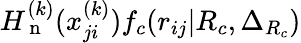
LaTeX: H_{\mathrm{~n~}}^{(k)}(x_{ji}^{(k)})f_{c}(r_{ij}|R_{c},\Delta_{R_{c}})